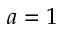
a = 1